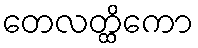
တေလတ္ထိကော